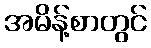
အမိန့်စာတွင်